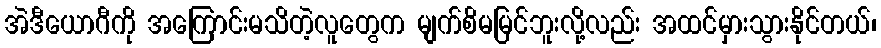
အဲဒီယောဂီကို အကြောင်းမသိတဲ့လူတွေက မျက်စိမမြင်ဘူးလို့လည်း အထင်မှားသွားနိုင်တယ်၊